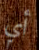
أي